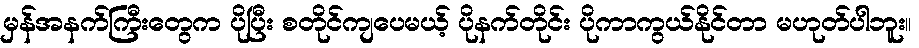
မှန်အနက်ကြီးတွေက ပိုပြီး စတိုင်ကျပေမယ့် ပိုနက်တိုင်း ပိုကာကွယ်နိုင်တာ မဟုတ်ပါဘူး။